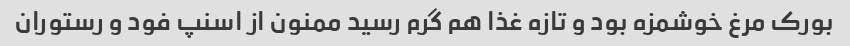
بورک مرغ خوشمزه بود و تازه غذا هم گرم رسید ممنون از اسنپ فود و رستوران